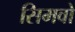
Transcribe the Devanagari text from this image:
सिमवो